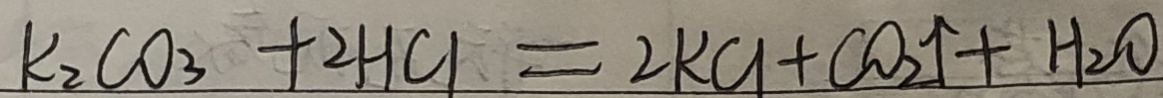
K _ { 2 } C O _ { 3 } + 2 H C l = 2 K C l + C O _ { 2 } \uparrow + H _ { 2 } O